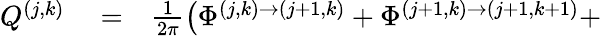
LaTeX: \begin{array}{rlr}{Q^{(j,k)}}&{{}=}&{\frac{1}{2\pi}\left(\Phi^{(j,k)\rightarrow(j+1,k)}+\Phi^{(j+1,k)\rightarrow(j+1,k+1)}+\right.}\end{array}